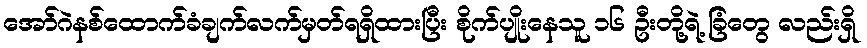
အော်ဂဲနစ်ထောက်ခံချက်လက်မှတ်ရရှိထားပြီး စိုက်ပျိုးနေသူ ၁၆ ဦးတို့ရဲ့ ခြံတွေ လည်းရှိ